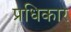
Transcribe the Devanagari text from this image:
प्रधिकार